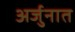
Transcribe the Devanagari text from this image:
अर्जुनात